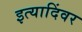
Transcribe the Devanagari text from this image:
इत्यादिंवर